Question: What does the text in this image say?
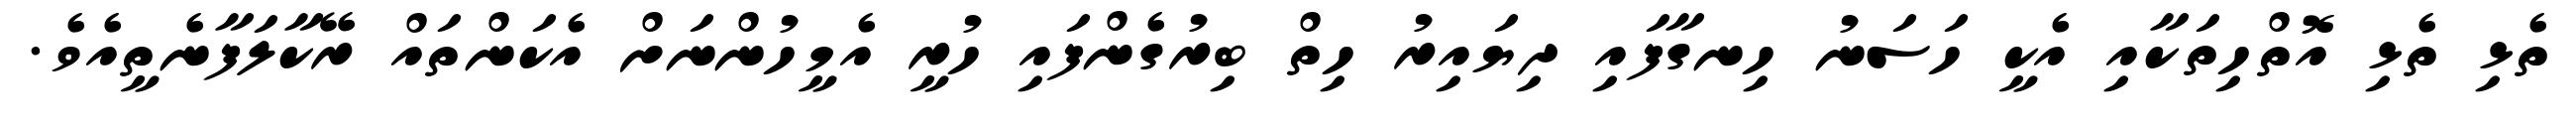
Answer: ތެޅި ތެޅި އޮތްހިތަކާއި އެކީ ހަސަނު ހިނގާފައި ދިޔައިރު ހިތް ބިރުގެންފައި ހުރީ އެމީހުންނަށް އެކަންތައް ރޭކާލަފާނެތީއެވެ.